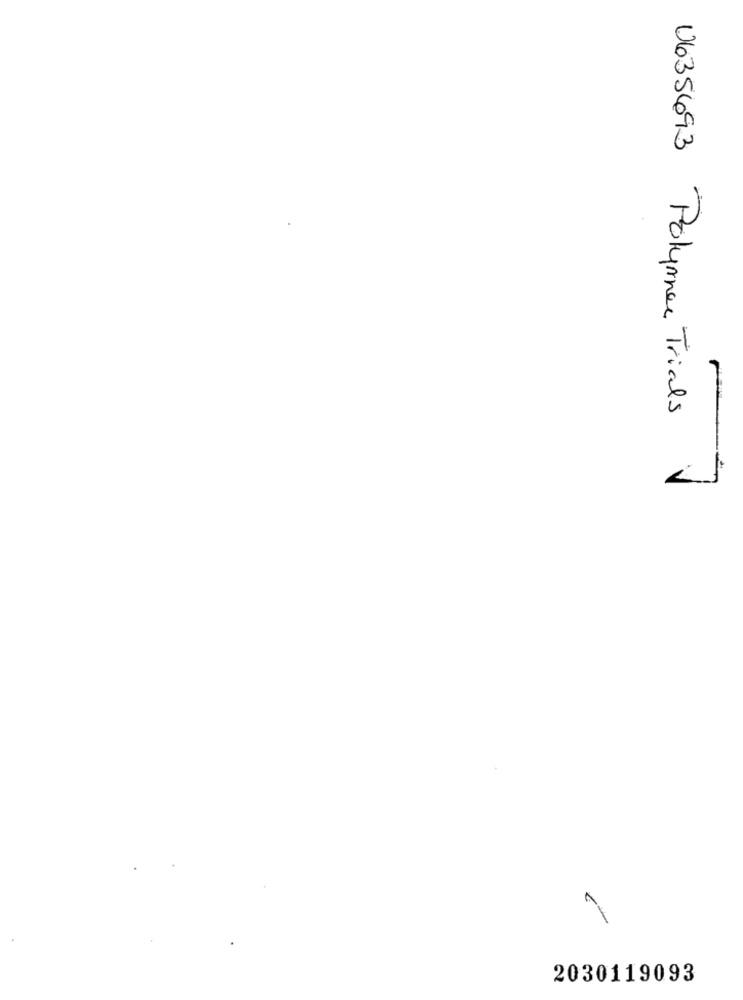
0635693 Polymer Trials
-
-
2030119093